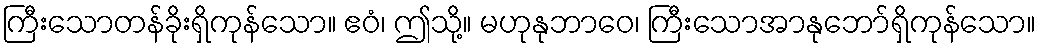
ကြီးသောတန်ခိုးရှိကုန်သော။ ဧဝံ၊ ဤသို့။ မဟုနုဘာဝေ၊ ကြီးသောအာနုဘော်ရှိကုန်သော။